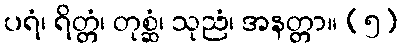
ပရံ၊ ရိတ္တံ၊ တုစ္ဆံ၊ သုညံ၊ အနတ္တာ။ (၅)